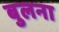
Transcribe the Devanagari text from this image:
बुलना